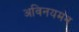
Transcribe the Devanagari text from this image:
अविनयमन